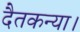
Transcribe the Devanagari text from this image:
दैतकन्या।